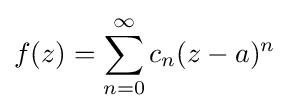
f(z)=\sum _{n=0}^{\infty }c_{n}(z-a)^{n}